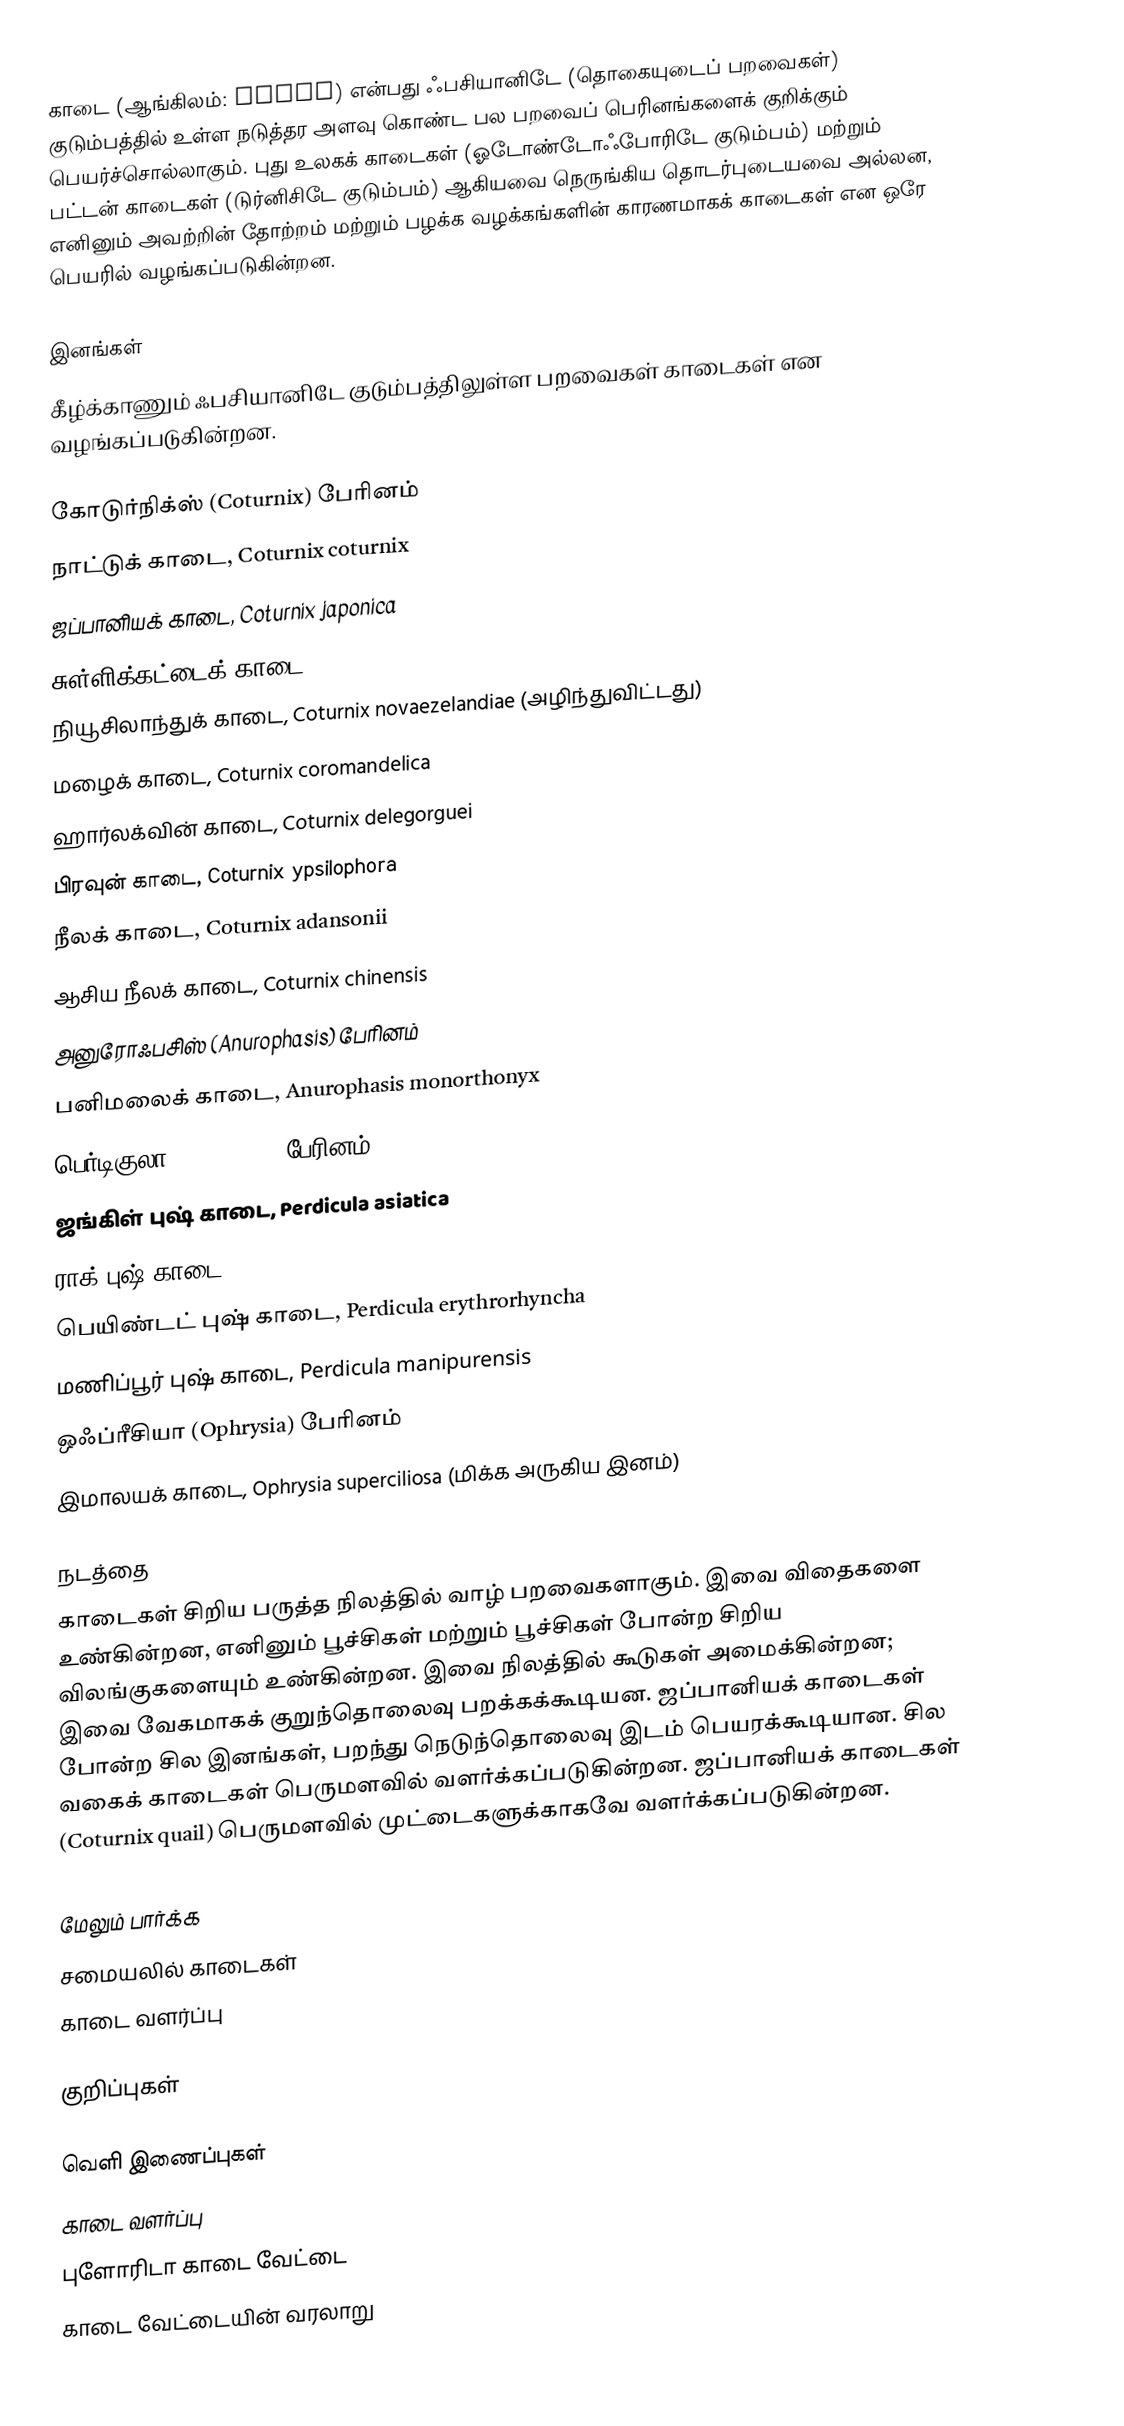
காடை (ஆங்கிலம்: quail) என்பது ஃபசியானிடே (தொகையுடைப் பறவைகள்) குடும்பத்தில் உள்ள நடுத்தர அளவு கொண்ட பல பறவைப் பெரினங்களைக் குறிக்கும் பெயர்ச்சொல்லாகும். புது உலகக் காடைகள் (ஓடோண்டோஃபோரிடே குடும்பம்) மற்றும் பட்டன் காடைகள் (டுர்னிசிடே குடும்பம்) ஆகியவை நெருங்கிய தொடர்புடையவை அல்லன, எனினும் அவற்றின் தோற்றம் மற்றும் பழக்க வழக்கங்களின் காரணமாகக் காடைகள் என ஒரே பெயரில் வழங்கப்படுகின்றன.

இனங்கள்
கீழ்க்காணும் ஃபசியானிடே குடும்பத்திலுள்ள பறவைகள் காடைகள் என வழங்கப்படுகின்றன.

கோடுர்நிக்ஸ் (Coturnix) பேரினம்
நாட்டுக் காடை, Coturnix coturnix
ஜப்பானியக் காடை, Coturnix japonica
சுள்ளிக்கட்டைக் காடை, Coturnix pectoralis
நியூசிலாந்துக் காடை, Coturnix novaezelandiae (அழிந்துவிட்டது)
மழைக் காடை, Coturnix coromandelica
ஹார்லக்வின் காடை, Coturnix delegorguei
பிரவுன் காடை, Coturnix ypsilophora
நீலக் காடை, Coturnix adansonii
ஆசிய நீலக் காடை, Coturnix chinensis
அனுரோஃபசிஸ் (Anurophasis) பேரினம்
பனிமலைக் காடை, Anurophasis monorthonyx
பெர்டிகுலா (Perdicula) பேரினம்
ஜங்கிள் புஷ் காடை, Perdicula asiatica
ராக் புஷ் காடை, Perdicula argoondah
பெயிண்டட் புஷ் காடை, Perdicula erythrorhyncha
மணிப்பூர் புஷ் காடை, Perdicula manipurensis
ஒஃப்ரீசியா (Ophrysia) பேரினம்
இமாலயக் காடை, Ophrysia superciliosa (மிக்க அருகிய இனம்)

நடத்தை
காடைகள் சிறிய பருத்த நிலத்தில் வாழ் பறவைகளாகும். இவை விதைகளை உண்கின்றன, எனினும் பூச்சிகள் மற்றும் பூச்சிகள் போன்ற சிறிய விலங்குகளையும் உண்கின்றன. இவை நிலத்தில் கூடுகள் அமைக்கின்றன; இவை வேகமாகக் குறுந்தொலைவு பறக்கக்கூடியன. ஜப்பானியக் காடைகள் போன்ற சில இனங்கள், பறந்து நெடுந்தொலைவு இடம் பெயரக்கூடியான. சில வகைக் காடைகள் பெருமளவில் வளர்க்கப்படுகின்றன. ஜப்பானியக் காடைகள் (Coturnix quail) பெருமளவில் முட்டைகளுக்காகவே வளர்க்கப்படுகின்றன.

மேலும் பார்க்க
சமையலில் காடைகள்
காடை வளர்ப்பு

குறிப்புகள்

வெளி இணைப்புகள்
காடை வளர்ப்பு
புளோரிடா காடை வேட்டை
காடை வேட்டையின் வரலாறு